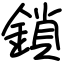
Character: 鎖